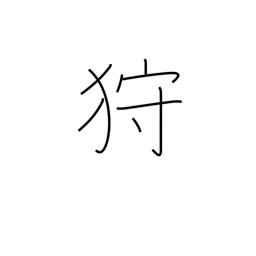
Meaning: hunt